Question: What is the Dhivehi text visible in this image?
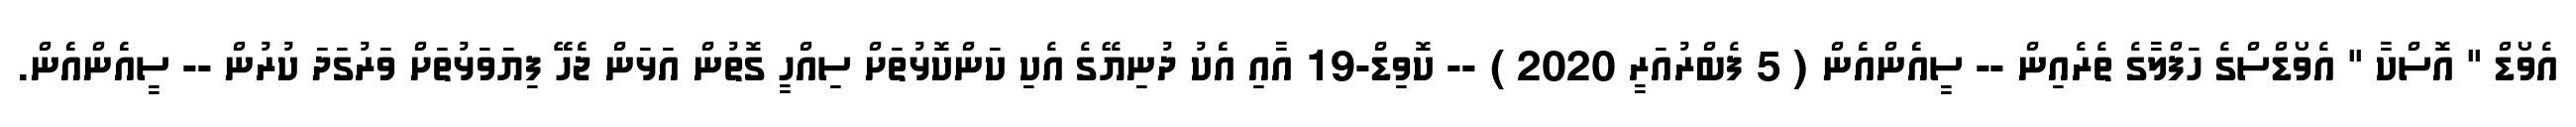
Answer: އެވޯޑް " އޮސްކާ " އެވޯޑްސްގެ ހަފްލާގެ ތެރެއިން -- ސީއެެންއެެން ( 5 ފެބްރުއަރީ 2020 ) -- ކޮވިޑް-19 އާއި އެެކު ދުނިޔޭގެ އެކި ކަންކޮޅުތަށް ސިއްހީ ގޮތުން އަޅަން ޖެެހޭޭ ފިޔަވަޅުތަށް ވަރުގަދަ ކުރުން -- ސީއެެންއެެން.